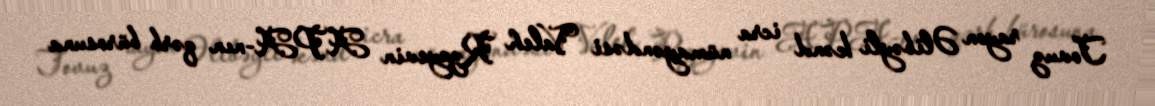
Tovuz rayon Əlibəyli kənd icra nümayəndəsi Valeh Rzayevin APA-nın qərb bürosuna